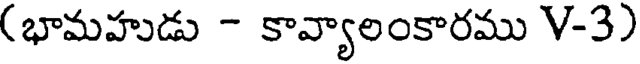
(భామహుడు - కావ్యాలంకారము V-3)